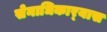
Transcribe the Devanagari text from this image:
सेनाधिकार्‍यास